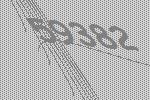
59382